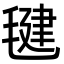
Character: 毽